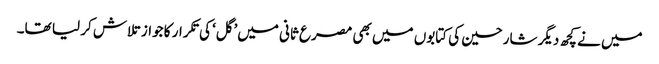
میں نے کچھ دیگر شارحین کی کتابوں میں بھی مصرع ثانی میں’گل‘ کی تکرار کا جواز تلاش کر لیا تھا۔